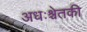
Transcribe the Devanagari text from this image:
अधःश्चेतकी